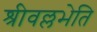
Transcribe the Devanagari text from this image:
श्रीवल्लभेति